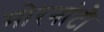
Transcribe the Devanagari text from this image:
मोरनांटौ